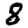
Digit: 8